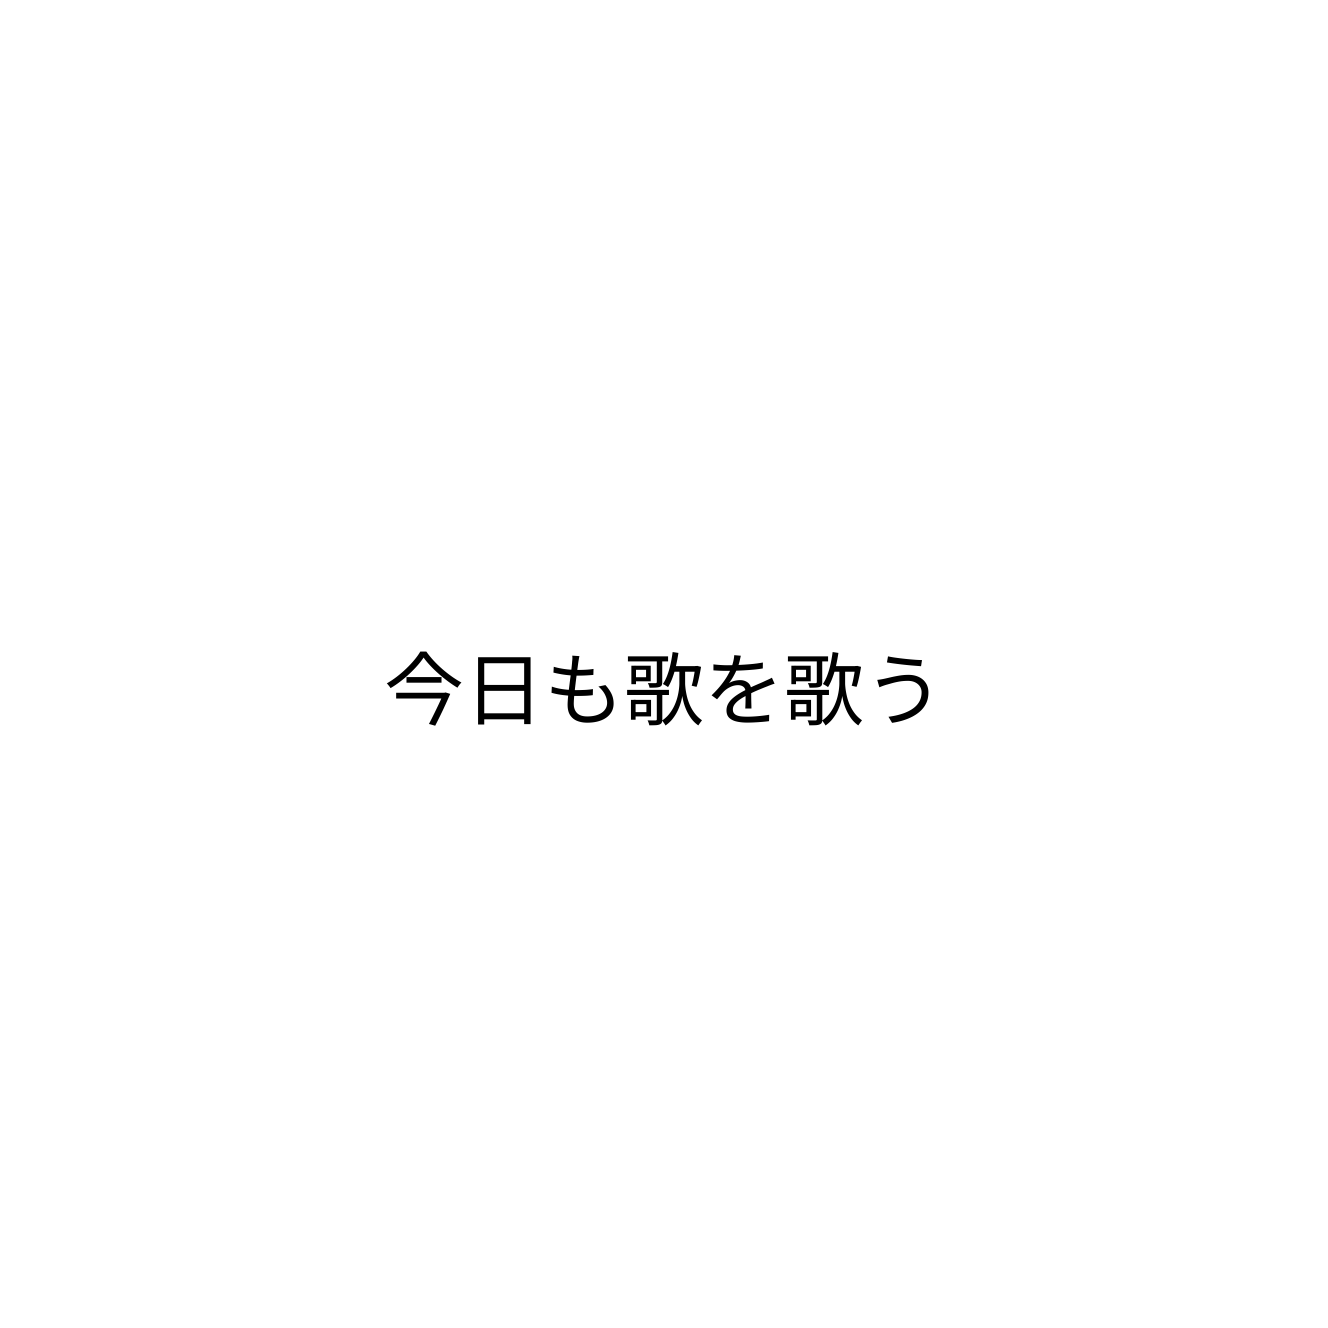
今日も歌を歌う